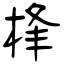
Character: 桻